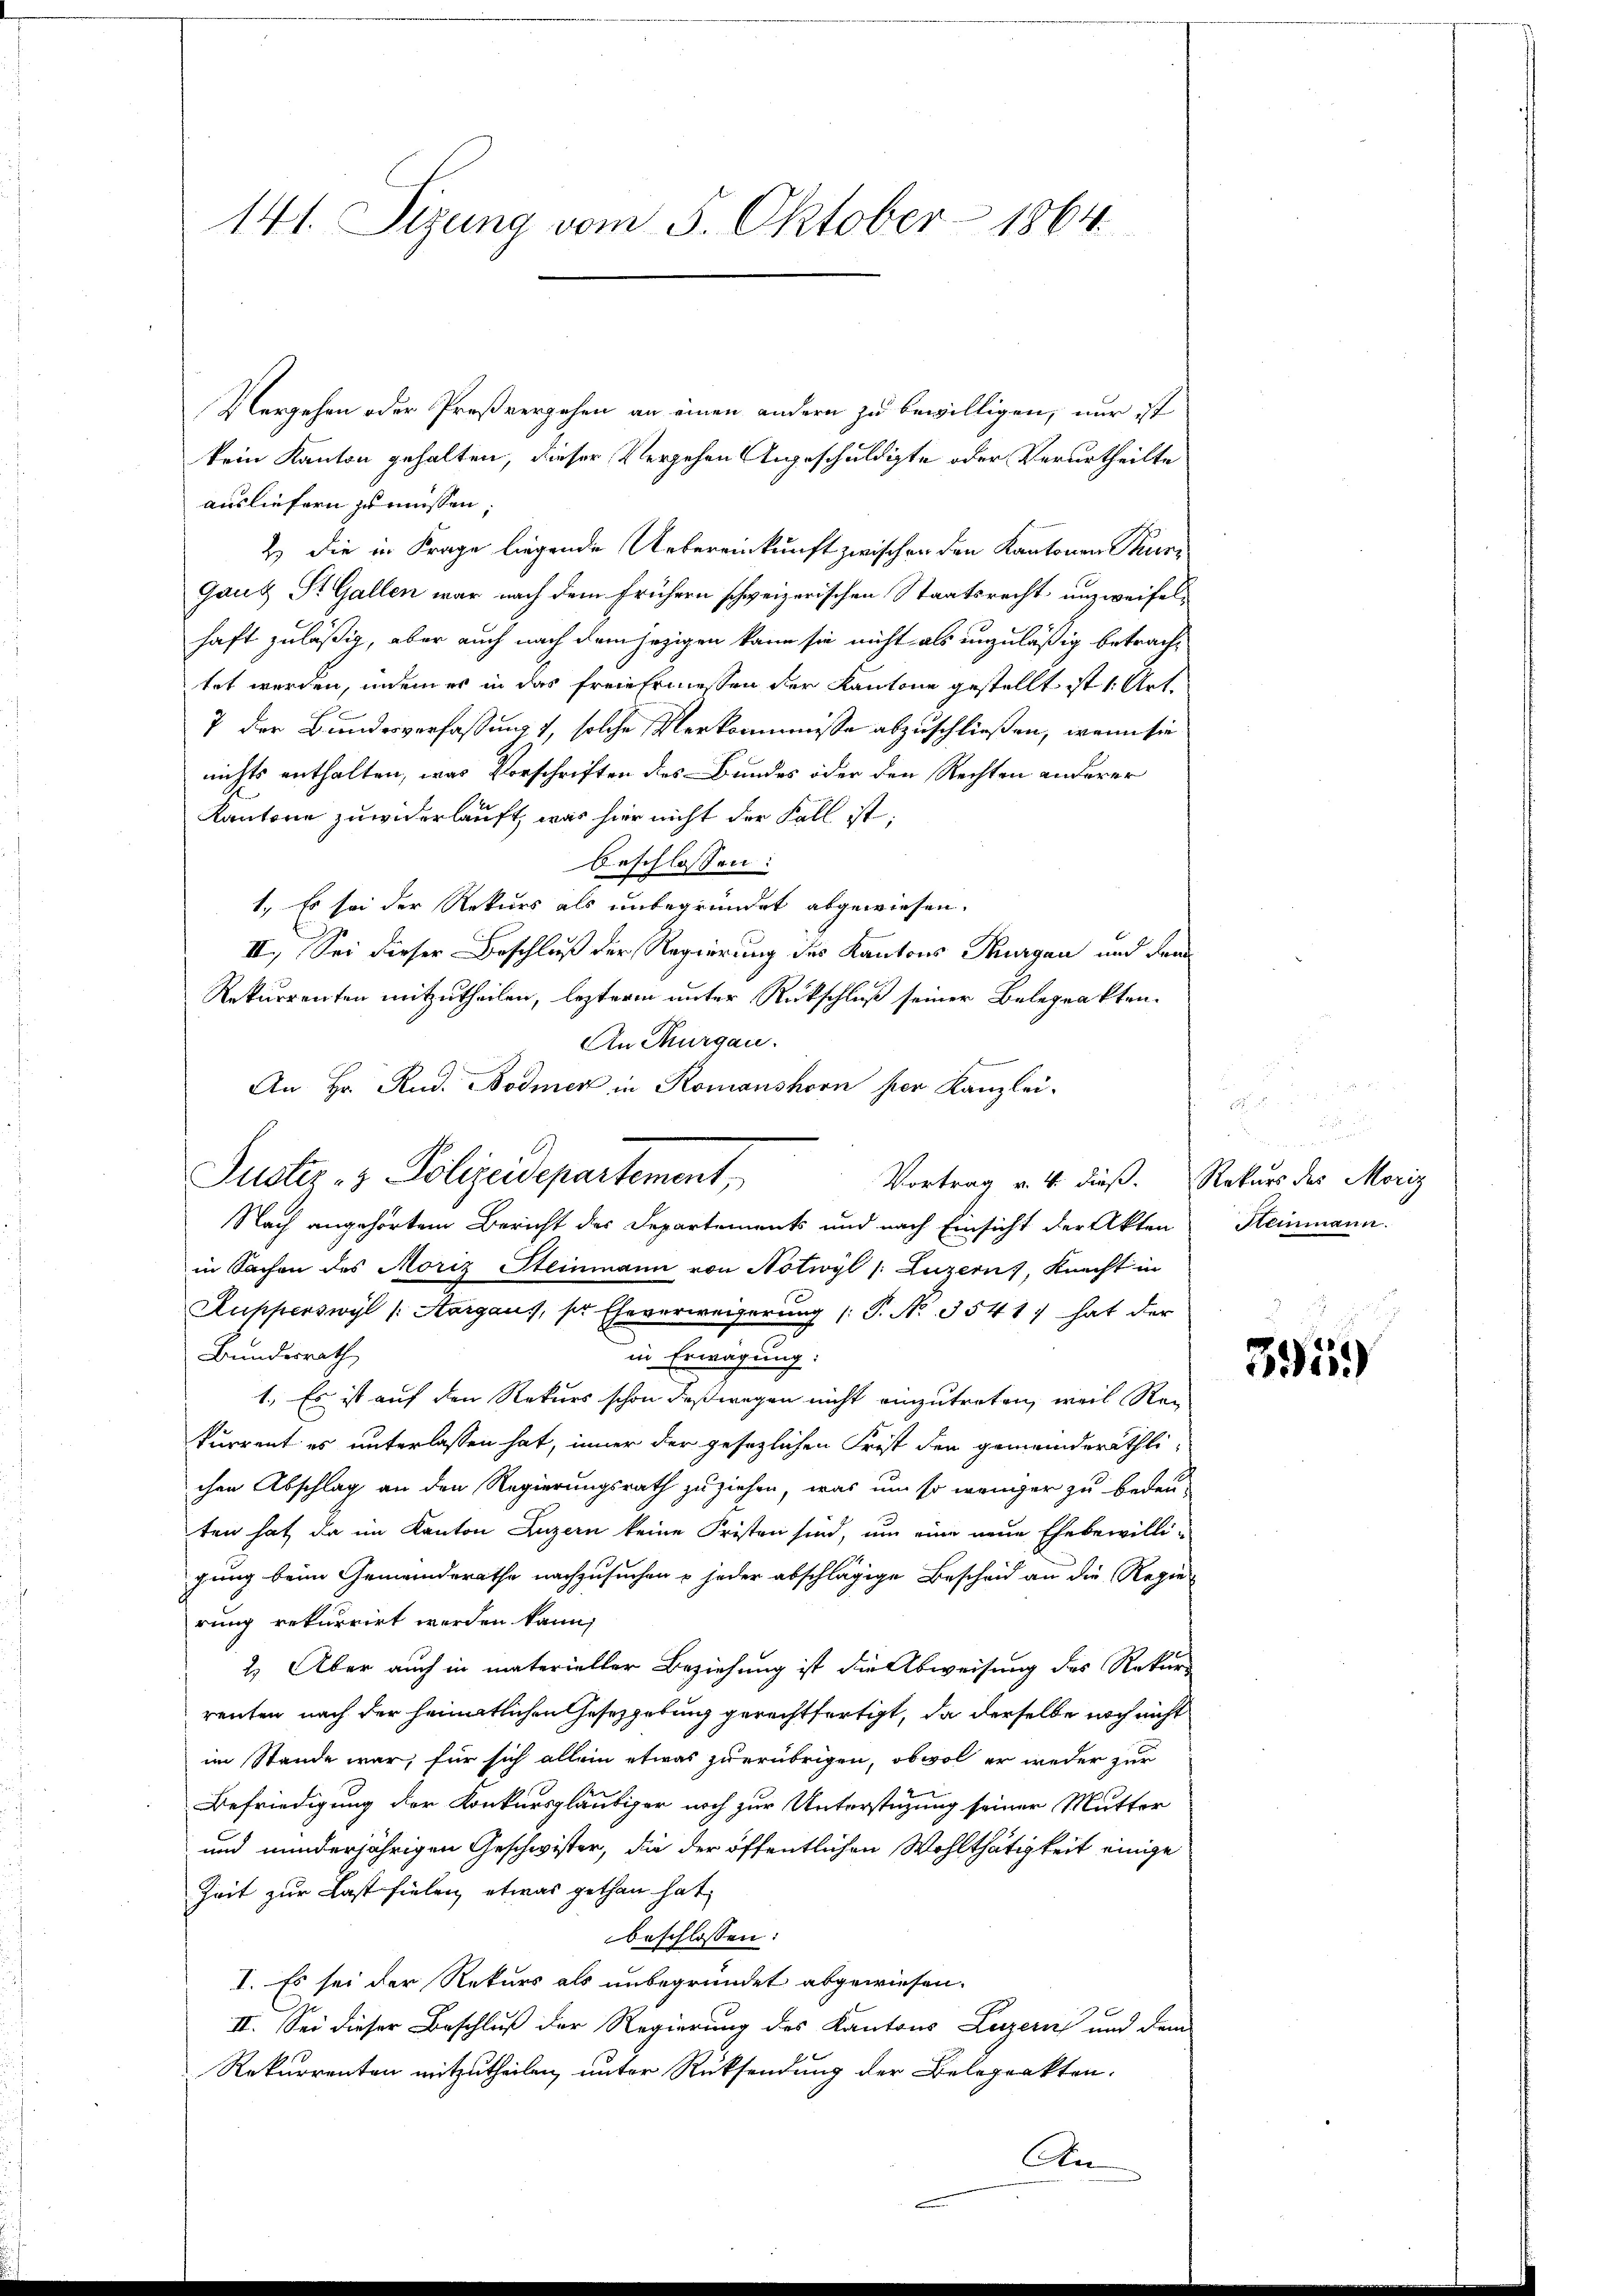
141. Sizung vom 5. Oktober 1864

Vergehen oder Proßvergehen an einen andern zu bewilligen, nur ist
kein Kanton gehalten, dieser Vergehen Angeschuldigte oder Verurtheilte
ausliefern zu müssen;
2) die in Frage liegende Uebereinkunft zwischen den Kantonen Tur¬
Ganz St. Gallen war nach dem frühern schweizerischen Staatsrecht unzweifelhaft zuläßig, aber auch nach dem jezigen kann sie nicht als unzuläßig betrachtet werden, indem er in das freie Ermessen der Kantone gestellt ist 1 Art
7 der Bundesverfassung, solche Verkommnisse abzuschließen, wenn sie
nichts enthalten, was Vorschriften des Bundes oder den Rechten anderer
Kantone zuwiderlauft, was hier nicht der Fall ist.
beschlossen:
1., Es sei der Rekurs als unbegründet abgewiesen.
II. Sei dieser Beschluß der Regierung des Kantons Thurgau und Frau
Rekurrenten mitzutheilen, lezteren unter Rückschluß seiner Belegrakten.
An Thurgau.
An Hr. Rud. Bodmer in Romanshorn her Kanzlei-
Vortrag v. 4. dieß. Rekurs des Moriz
Nach angehörtem Bericht des Departements und nach Einsicht der Akten
in Sachen des Moriz Steinmann von Notwyl /: Luzern, Knacht in
Rupperswyl /: Aargaus, ser Eheverweigerung (T. N. 3541) hat der
Bundesrath,
in Erwägung:
1., Es ist auf den Rekurs schon deßwegen nicht einzutreten, weil Reg
kurrent es unterlassen hat, inner der gesezlichen Frist den gemeinderäthlichen Abschlag an den Regierungsrath zuziehen, was um so weniger zu bedeu-
ten hat, da im Kanton Luzern keine Fristen sind, um eine neue Ehebewilli-
gung beim Gemeinderathe nachzusuchen u jeder abschlägige Bescheid an die Regie-
rung rekurrirt werden kann,
2.) Aber auch in materieller Beziehung ist die Abweisung des Rekurs
renten nach der heimatlichen Gesetzgebung gerechtfertigt, da derselbe noch nicht
im Stande war, für sich allein etwas hierübrigen, obwol er weder zur
Befriedigung der Konkursgläubiger noch zur Unterstüzung seiner Mutter
und minderjährigen Geschwister, die der öffentlichen Wohlthätigkeit einige
Zeit zur Last fielen etwas gethan hat,
beschlossen:
I. Es sei der Rekurs als unbegründet abgewiesen.
II. Sei dieser Beschluß der Regierung des Kantons Luzern und dem
Rekurrenten mitzutheilen, unter Rücksendung der Belegrakten.
An

Suster- & Polizeidepartement

u
u
 204. 25. 200 Fr.
Steinmann.

3915.